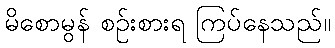
မိစောမွန် စဉ်းစားရ ကြပ်နေသည်။